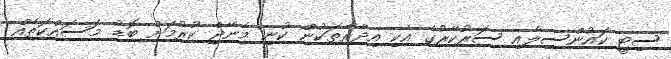
ސިޓީ ކައުންސިލާއި ސަރުކާރުގެ އެކި އިދާރާތަކުން ކުނި މެނޭޖް ކުރުމަށް ބޮޑު މަސައްކަތެއް